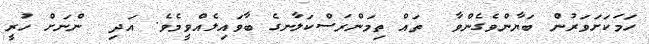
ހަމަކަށަވަރުން ބަޔާންވެގެންވާ  ތައް ތިމަންރަސްކަލާނގެ ބާވައިލެއްވީމެވެ. އަދި  ންނަށް ހުރީ